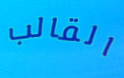
القالب